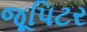
જૂપિટર